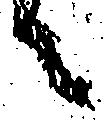
々